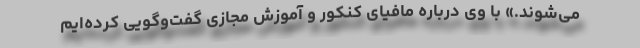
می‌شوند.» با وی درباره مافیای کنکور و آموزش مجازی گفت‌وگویی کرده‌ایم